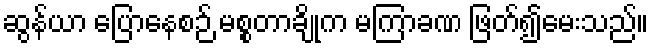
ဆွန်ယာ ပြောနေစဉ် မစ္စတာချိုက မကြာခဏ ဖြတ်၍မေးသည်။